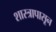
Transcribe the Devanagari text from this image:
शास्त्रापासून